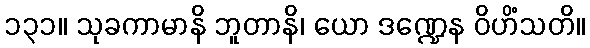
၁၃၁။ သုခကာမာနိ ဘူတာနိ၊ ယော ဒဏ္ဍေန ဝိဟိံသတိ။